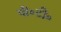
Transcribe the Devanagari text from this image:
पी॰टी॰